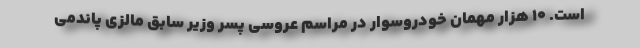
است. 10 هزار مهمان خودروسوار در مراسم عروسی پسر وزیر سابق مالزی پاندمی